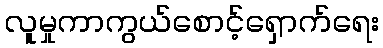
လူမှုကာကွယ်စောင့်ရှောက်ရေး